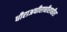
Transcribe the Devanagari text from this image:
धीराअधीराधीराधीरा